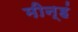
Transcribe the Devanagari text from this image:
मीन्हं